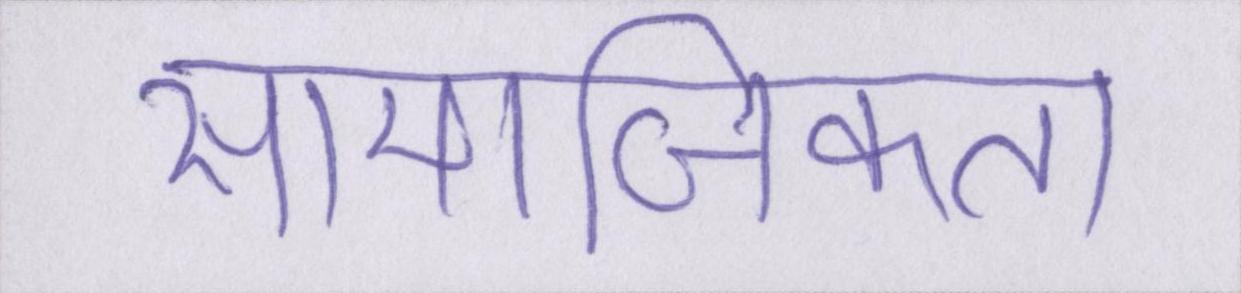
सामाजिकता